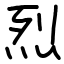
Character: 烈